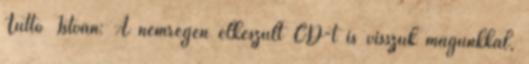
Tüttő István: A nemrégen elkészült CD-t is visszük magunkkal,